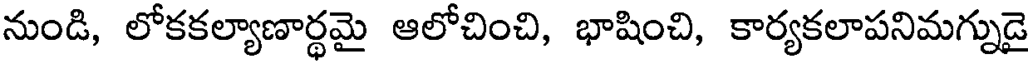
నుండి, లోకకల్యాణార్థమై ఆలోచించి, భాషించి, కార్యకలాపనిమగ్నుడై